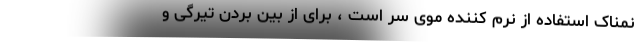
نمناک استفاده از نرم کننده موی سر است ، برای از بین بردن تیرگی و